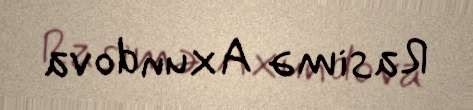
Rasimə Axundova